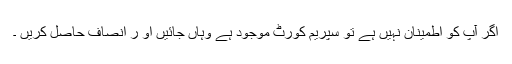
اگر آپ کو اطمینان نہیں ہے تو سپریم کورٹ موجود ہے وہاں جائیں او ر انصاف حاصل کریں ۔